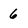
Character: 6